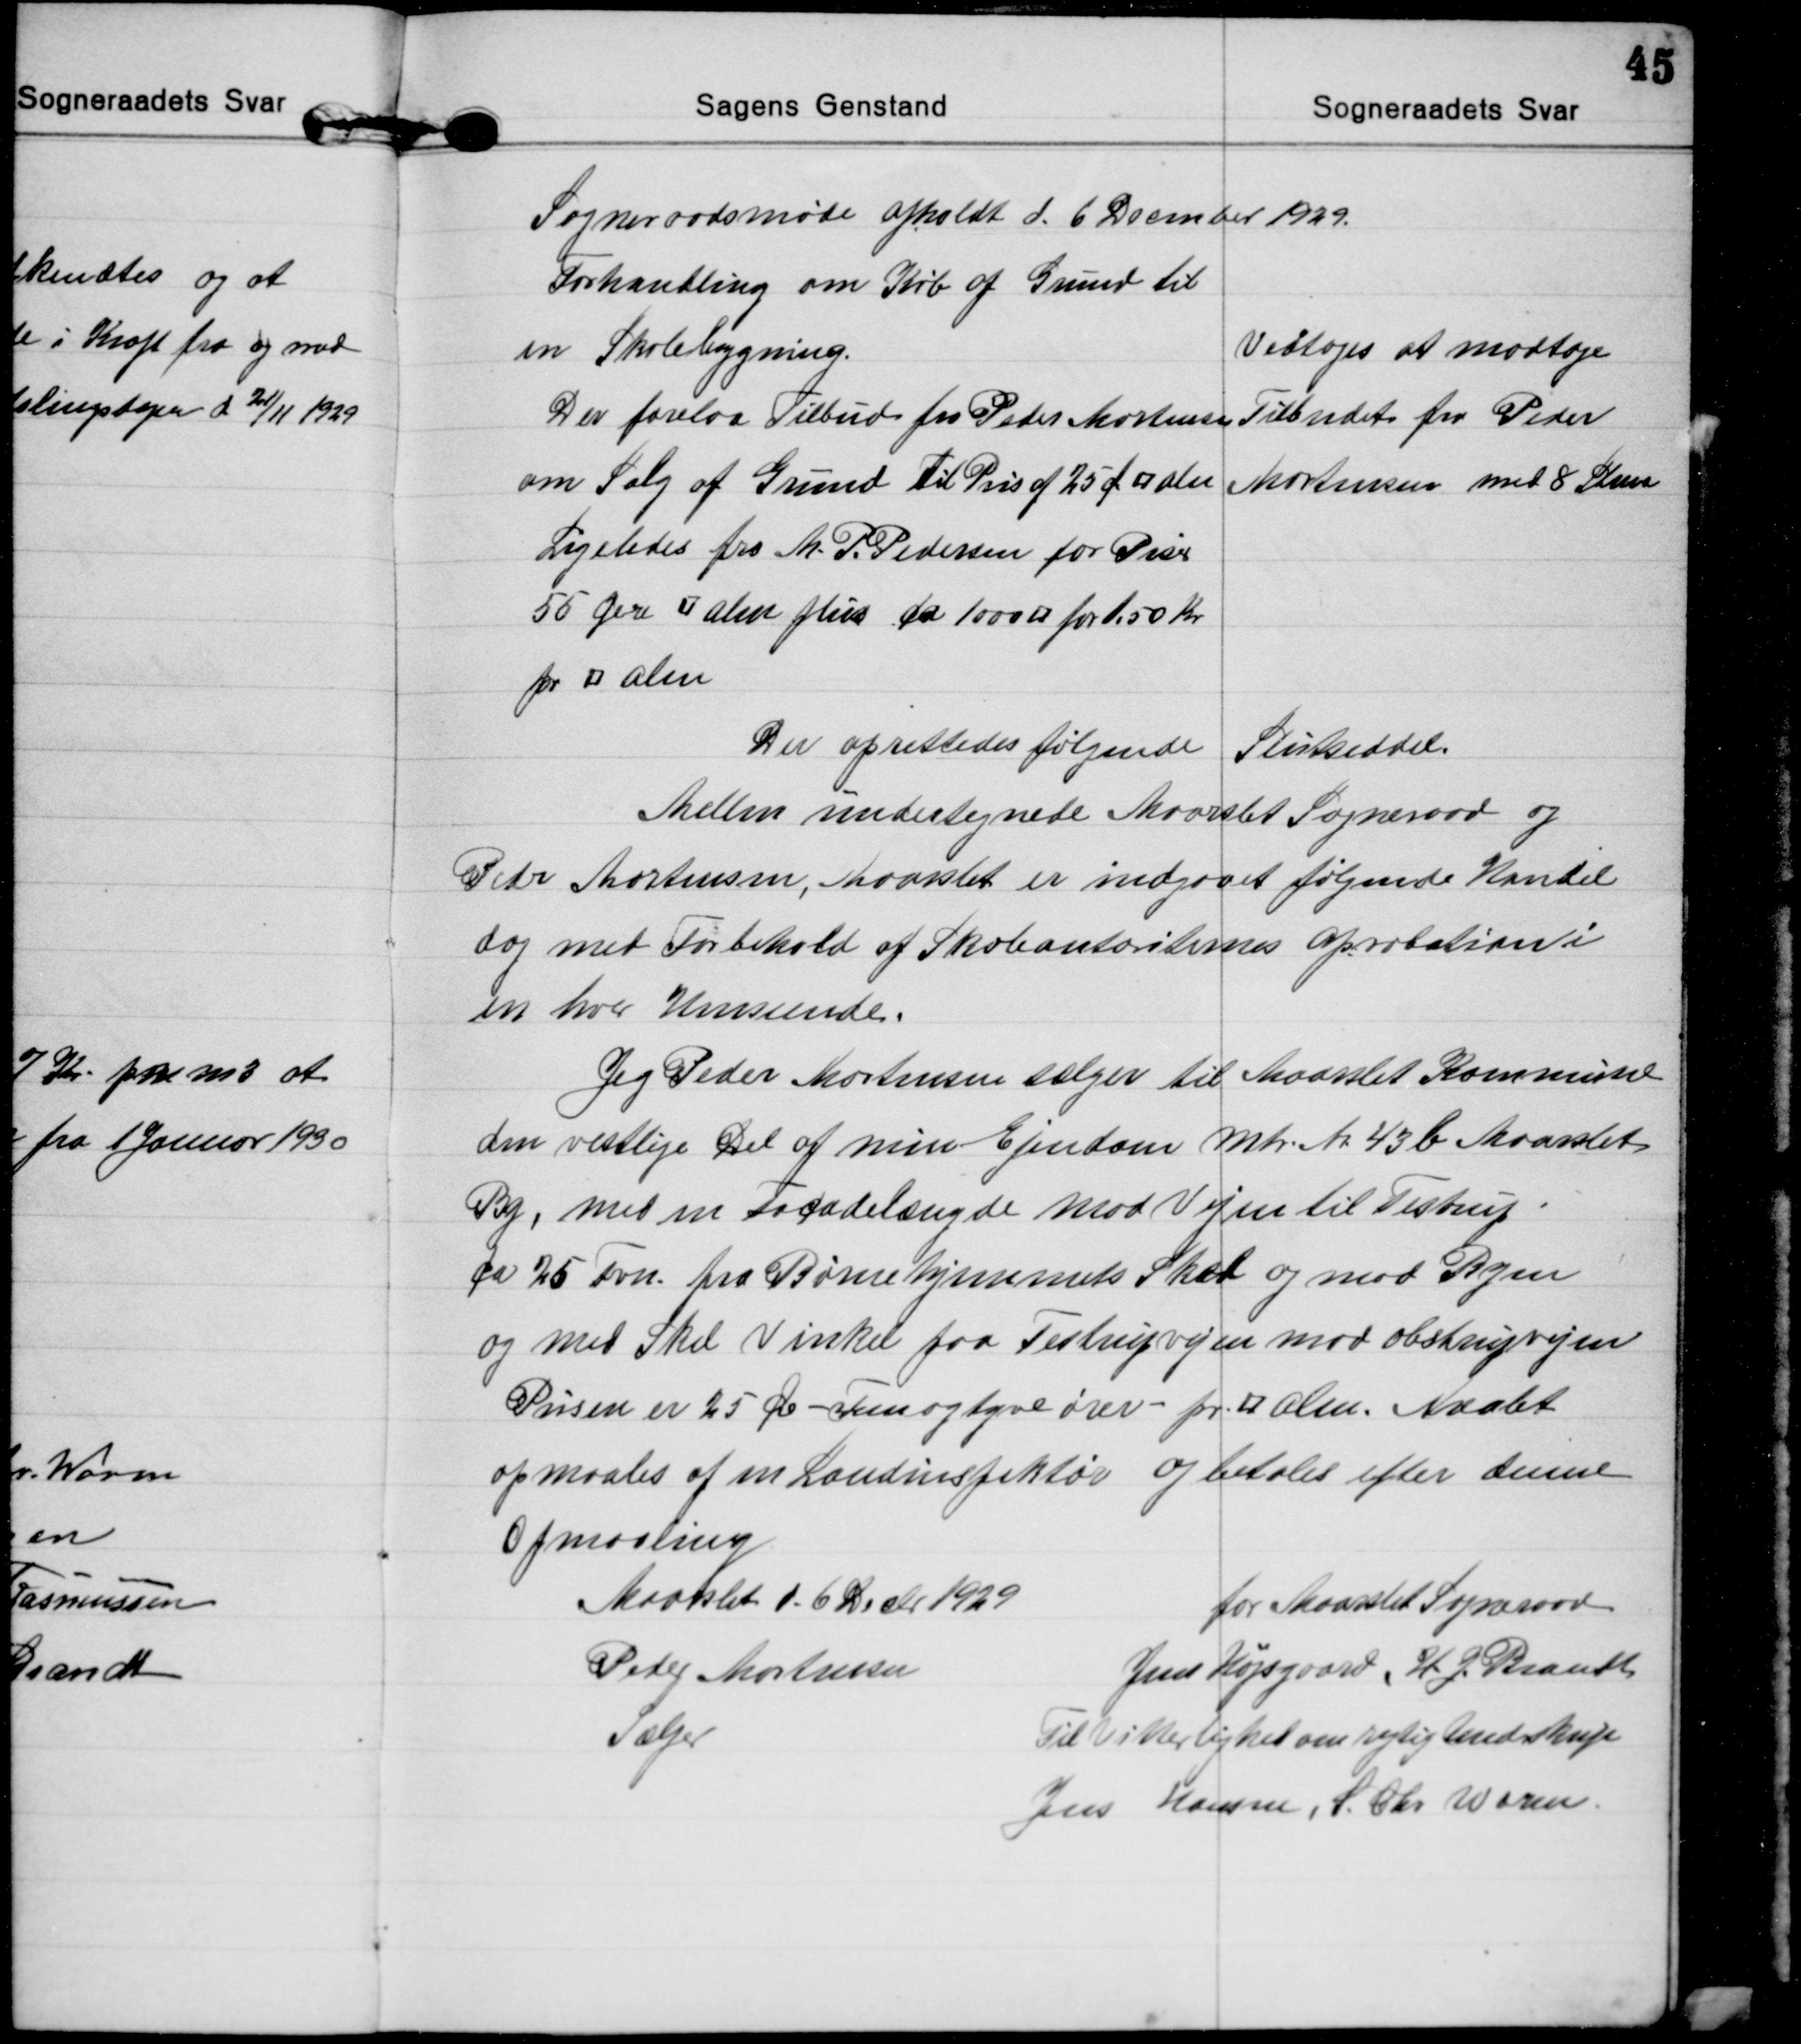
Transskription:
Sogneraadsmøde afholdt d. 6 Decmber 1929.

Forhandling om Køb af Grund til
en Skolebygning.
Der forelaa Tilbud fra Peder Mortensen
om Salg af Grund til Pris af 25 Ø □ alen
Ligeledes fra M. P. Pedersen for Pris
55 Øre □ alen plus ca 1000 □ for 1.50 Kr
pr □ alen
Vedtoges at modtage
Tilbudet fra Peder
Mortensen med 8 Stem.

Der oprettedes følgende Slutseddel.
Mellem undertegnede Maarslet Sogneraad og
Peder Mortensen, Maarslet er indgaaet følgende Handel
dog med Forbehold af Skoleautoriternes aprobation i
en hver Henseende.
Jeg Peder Mortensen sælger til Maarslet Kommune
den vestlige Del af min Ejendom Mtr. Nr. 43b Maarslet
By, med en Facadelængde mod Vejen til Testrup
ca 25 Fvn. fra Børnehjemmets Skel og mod Byen
og med Skel Vinkel paa Testrupvejen mod Obstrupvejen
Prisen er 25 Øre - Femogtyve ører - pr. □ Alen. Maalet
opmaales af en Landinspektør og betales efter denne
Opmaaling
Maarslet d. 6 Decbr 1929
Peder Mortensen 
Sælger
for Maarslet Sogneraad
Jens Højsgaard,  H.J. Brandt
Til Vitterlighed om rigtig Underskrift
Jens Hansen, S. Chr. Worm